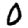
Digit: 0